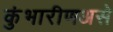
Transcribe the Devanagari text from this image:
कुंभारीणअसे